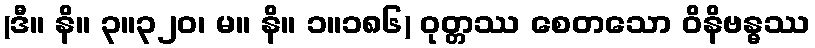
(ဒီ။ နိ။ ၃။၃၂၀၊ မ။ နိ။ ၁။၁၈၆) ဝုတ္တဿ စေတသော ဝိနိဗန္ဓဿ